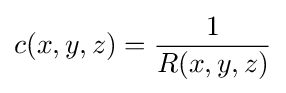
c(x,y,z)={\frac {1}{R(x,y,z)}}